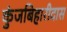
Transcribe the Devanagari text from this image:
कुंजबिहारीदास